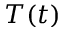
T ( t )